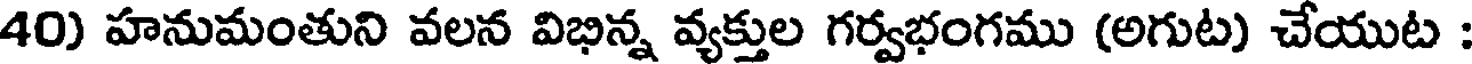
40) హనుమంతుని వలన విభిన్న వ్యక్తుల గర్వభంగము (అగుట) చేయుట :